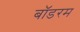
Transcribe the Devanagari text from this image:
बॉडरम